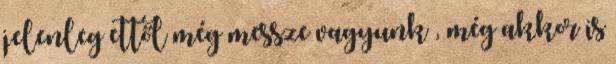
jelenleg ettől még messze vagyunk , még akkor is